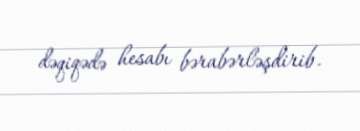
dəqiqədə hesabı bərabərləşdirib.